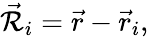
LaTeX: {\vec{\mathcal{R}}}_{i}={\vec{r}}-{\vec{r}}_{i},